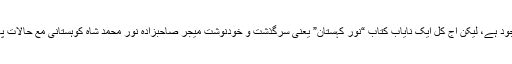
ریاستِ سوات کے آخری بجٹ کی کاپی سال 1969ء اور 1970ء میرے پاس موجود ہے، لیکن آج کل ایک نایاب کتاب “نورِ کہستان” یعنی سرگذشت و خودنوشت میجر صاحبزادہ نور محمد شاہ کوہستانی مع حالات پارینہ افغانستان و کشمیر از فیروز سنز پشاور سال 1957ء میرے زیرِ مطالعہ ہے۔